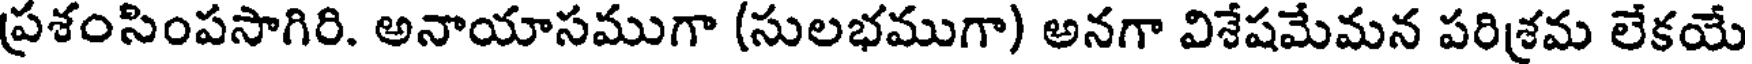
ప్రశంసింపసాగిరి. అనాయాసముగా (సులభముగా) అనగా విశేషమేమన పరిశ్రమ లేకయే